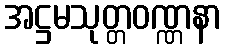
အဋ္ဌမသုတ္တဝဏ္ဏနာ